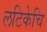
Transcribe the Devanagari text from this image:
लटिकेचि